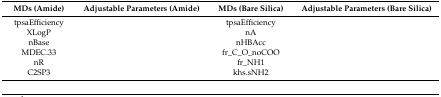
<table><thead><tr><td><b>MDs (Amide)</b></td><td><b>Adjustable Parameters (Amide)</b></td><td><b>MDs (Bare Silica)</b></td><td><b>Adjustable Parameters (Bare Silica)</b></td></tr></thead><tbody><tr><td>tpsaEfficiency</td><td>[EMPTY_CELL]</td><td>tpsaEfficiency</td><td>[EMPTY_CELL]</td></tr><tr><td>XLogP</td><td>[EMPTY_CELL]</td><td>nA</td><td>[EMPTY_CELL]</td></tr><tr><td>nBase</td><td>[EMPTY_CELL]</td><td>nHBAcc</td><td>[EMPTY_CELL]</td></tr><tr><td>MDEC.33</td><td>[EMPTY_CELL]</td><td>fr_C_O_noCOO</td><td>[EMPTY_CELL]</td></tr><tr><td>nR</td><td>[EMPTY_CELL]</td><td>fr_NH1</td><td>[EMPTY_CELL]</td></tr><tr><td>C2SP3</td><td>[EMPTY_CELL]</td><td>khs.sNH2</td><td>[EMPTY_CELL]</td></tr><tr><td>[EMPTY_CELL]</td><td>[EMPTY_CELL]</td><td>[EMPTY_CELL]</td><td>[EMPTY_CELL]</td></tr></tbody></table>